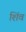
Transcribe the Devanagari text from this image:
शिंव